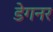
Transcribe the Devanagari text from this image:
डेगनर